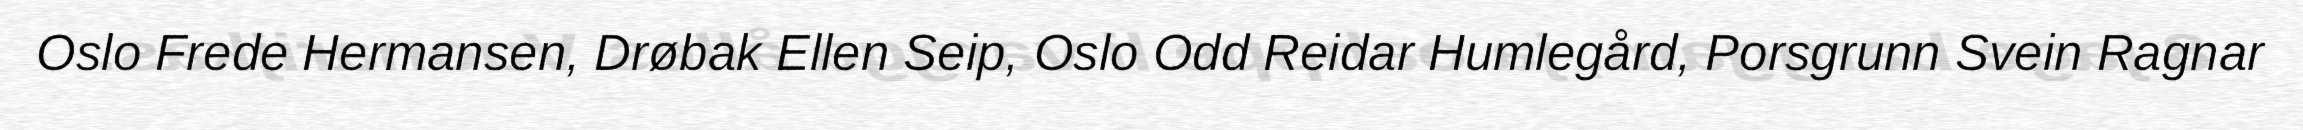
Oslo Frede Hermansen, Drøbak Ellen Seip, Oslo Odd Reidar Humlegård, Porsgrunn Svein Ragnar